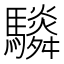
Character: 䮼